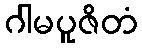
ဂါမပူဇိတံ